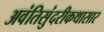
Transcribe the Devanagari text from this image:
अवंतिसुंदरीकथासार